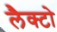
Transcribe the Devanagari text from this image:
लैक्टो